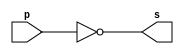
// ------------------------- 
// Exemplo0002 - NOT 
// Nome: Daniel Telles McGinnis 
// ------------------------- 
// Alteraes feitas:
// Troquei o buffer pela porta NOT.
// Em vez de usar $monitor, esse programa usa $display.
// Previso:
// A sada  a negao da entrada.
// Teste 1:
// Entradas: a=0 e a=1.
// Observaes da sada:
// A sada  uma tabela verdade da negao.
// ------------------------- 
// -- not gate 
// ------------------------- 
module notgate (output s, input p); 
	assign s = ~p; 
endmodule // notgate 
// ------------------------- 
// -- test not gate 
// ------------------------- 
module testnotgate; 
	// ------------------------- dados locais 
	reg a;  // definir registrador 
	        // (variavel independente) 
	wire s; // definir conexao (fio) 
	        // (variavel dependente ) 
	// ------------------------- instancia 
	notgate NOT1 (s, a); 
	// ------------------------- preparacao 
	initial begin:start 
		a=0; 
	end 
	// ------------------------- parte principal 
	initial begin 
		$display("Exemplo0002 - Daniel Telles McGinnis  - 435042"); 
		$display("Test NOT gate"); 
		$display("\n~a = s\n"); 
		a=0; 
		#1 $display("~%b = %b", a, s); 
		a=1; 
		#1 $display("~%b = %b", a, s); 
	end 
endmodule // testnotgate